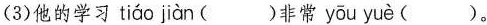
(3)他的学习 tiáo jiàn ( )非常 yōu yuè ( )。